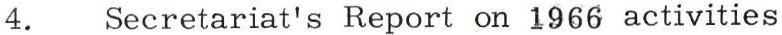
4. Secretariat's Report on 1966 activities